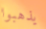
يذهبوا